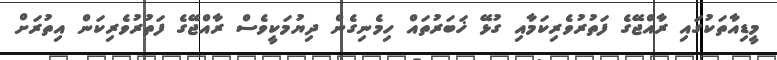
މީޑިއާތަކުގައި ރާއްޖޭގެ ފަތުރުވެރިކަމާއި ގުޅޭ ޚަބަރުތައް ހިމެނިގެން ދިޔުމަކީވެސް ރާއްޖޭގެ ފަތުރުވެރިކަން އިތުރަށް